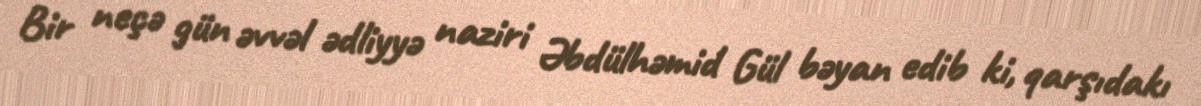
Bir neçə gün əvvəl ədliyyə naziri Əbdülhəmid Gül bəyan edib ki, qarşıdakı